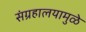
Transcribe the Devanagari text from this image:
संग्रहालयामुळे